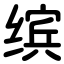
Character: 缤